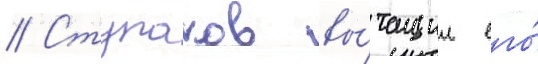
// Ступаков вы́тащил его́